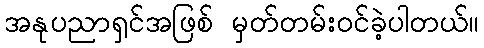
အနုပညာရှင်အဖြစ် မှတ်တမ်းဝင်ခဲ့ပါတယ်။